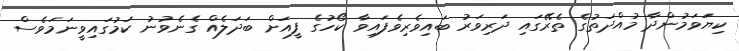
ކިޔަވަމުންދާ މުއްދަތުގެ ތެރޭގައި ދަރިވަރު ބައިވެރިވެފައިވާ ކޯހުގެ ފީއަށް ބަދަލެއް ގެެނެވުނު ކަމުގައިވީނަމަވެސް